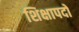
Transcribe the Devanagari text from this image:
शिक्षापदों